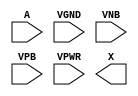
(* blackbox *)
module sky130_fd_sc_hd__buf_2 (
    A   ,
    VGND   ,
    VNB    ,
    VPB    ,
    VPWR   , 
    X   
);
    output X   ;
    input  A   ;
    input  VPWR;
    input  VGND;
    input  VPB ;
    input  VNB ;
endmodule

// .subckt sky130_fd_sc_hd__dfrtp_4 CLK D RESET_B VGND VNB VPB VPWR Q
(* blackbox *)
module sky130_fd_sc_hd__dfrtp_4 (
    
    CLK    ,
    D      ,
    RESET_B,
    VGND   ,
    VNB    ,
    VPB    ,
    VPWR   ,
    Q      
);

    output Q      ;
    input  CLK    ;
    input  D      ;
    input  RESET_B;
    input  VPWR   ;
    input  VGND   ;
    input  VPB    ;
    input  VNB    ;
endmodule


// .subckt sky130_fd_sc_hd__dfstp_4 CLK D SET_B VGND VNB VPB VPWR Q
(* blackbox *)
module sky130_fd_sc_hd__dfstp_4 (

    CLK  ,
    D    ,
    SET_B,
    VGND   ,
    VNB    ,
    VPB    ,
    VPWR   ,
    Q    
);

    output Q    ;
    input  CLK  ;
    input  D    ;
    input  SET_B;
    input  VPWR ;
    input  VGND ;
    input  VPB  ;
    input  VNB  ;
endmodule

// .subckt sky130_fd_sc_hd__dfxtp_4 CLK D VGND VNB VPB VPWR Q
(* blackbox *)
module sky130_fd_sc_hd__dfxtp_4 (

    CLK ,
    D   ,
    VGND   ,
    VNB    ,
    VPB    ,
    VPWR   ,
    Q   
);

    output Q   ;
    input  CLK ;
    input  D   ;
    input  VPWR;
    input  VGND;
    input  VPB ;
    input  VNB ;

endmodule


(* blackbox *)
module sky130_fd_sc_hd__inv_1 (
    A   ,
    VGND   ,
    VNB    ,
    VPB    ,
    VPWR   ,
    Y   
);

    output Y   ;
    input  A   ;
    input  VPWR;
    input  VGND;
    input  VPB ;
    input  VNB ;
endmodule

(* blackbox *)
module sky130_fd_sc_hd__inv_2 (
    A   ,
    VGND   ,
    VNB    ,
    VPB    ,
    VPWR   ,
    Y   
);

    output Y   ;
    input  A   ;
    input  VPWR;
    input  VGND;
    input  VPB ;
    input  VNB ;
endmodule


(* blackbox *)
module sky130_fd_sc_hd__nand2_4 (
    A   ,
    B   ,
    VGND   ,
    VNB    ,
    VPB    ,
    VPWR   ,
    Y   
);

    output Y   ;
    input  A   ;
    input  B   ;
    input  VPWR;
    input  VGND;
    input  VPB ;
    input  VNB ;

endmodule

(* blackbox *)
module sky130_fd_sc_hd__nand2b_2 (

    A_N ,
    B   ,
    VGND   ,
    VNB    ,
    VPB    ,
    VPWR   ,
    Y  
);

    output Y   ;
    input  A_N ;
    input  B   ;
    input  VPWR;
    input  VGND;
    input  VPB ;
    input  VNB ;
endmodule

(* blackbox *)
module sky130_fd_sc_hd__nand3_2 (

    A   ,
    B   ,
    C   ,
    VGND   ,
    VNB    ,
    VPB    ,
    VPWR   ,
    Y 
);

    output Y   ;
    input  A   ;
    input  B   ;
    input  C   ;
    input  VPWR;
    input  VGND;
    input  VPB ;
    input  VNB ;
endmodule

(* blackbox *)
module sky130_fd_sc_hd__nand4_2 (
    A   ,
    B   ,
    C   ,
    D   ,
    VGND   ,
    VNB    ,
    VPB    ,
    VPWR   ,
    Y
);

    output Y   ;
    input  A   ;
    input  B   ;
    input  C   ;
    input  D   ;
    input  VPWR;
    input  VGND;
    input  VPB ;
    input  VNB ;
endmodule

(* blackbox *)
module sky130_fd_sc_hd__nor2_2 (
    A   ,
    B   ,
    VGND   ,
    VNB    ,
    VPB    ,
    VPWR   ,
    Y
);

    output Y   ;
    input  A   ;
    input  B   ;
    input  VPWR;
    input  VGND;
    input  VPB ;
    input  VNB ;
endmodule


(* blackbox *)
module sky130_fd_sc_hd__nor2b_2 (
    A   ,
    B_N ,
    VGND   ,
    VNB    ,
    VPB    ,
    VPWR   ,
    Y
);

    output Y   ;
    input  A   ;
    input  B_N ;
    input  VPWR;
    input  VGND;
    input  VPB ;
    input  VNB ;
endmodule

(* blackbox *)
module sky130_fd_sc_hd__nor3_1 (
    A   ,
    B   ,
    C   ,
    VGND   ,
    VNB    ,
    VPB    ,
    VPWR   ,
    Y
);

    output Y   ;
    input  A   ;
    input  B   ;
    input  C   ;
    input  VPWR;
    input  VGND;
    input  VPB ;
    input  VNB ;
endmodule


(* blackbox *)
module sky130_fd_sc_hd__nor3_2 (
    A   ,
    B   ,
    C   ,
    VGND   ,
    VNB    ,
    VPB    ,
    VPWR   ,
    Y
);

    output Y   ;
    input  A   ;
    input  B   ;
    input  C   ;
    input  VPWR;
    input  VGND;
    input  VPB ;
    input  VNB ;
endmodule

(* blackbox *)
module sky130_fd_sc_hd__nand3b_2 (
    A_N ,
    B   ,
    C   ,
    VGND   ,
    VNB    ,
    VPB    ,
    VPWR   ,
    Y
);

    output Y   ;
    input  A_N ;
    input  B   ;
    input  C   ;
    input  VPWR;
    input  VGND;
    input  VPB ;
    input  VNB ;
endmodule

(* blackbox *)
module sky130_fd_sc_hd__a221oi_1 (
    A1,
    A2,
    B1,
    B2,
    C1,
    VGND   ,
    VNB    ,
    VPB    ,
    VPWR   ,
    Y
);
    // Module ports
    output Y ;
    input  A1;
    input  A2;
    input  B1;
    input  B2;
    input  C1;
    input  VPWR;
    input  VGND;
    input  VPB ;
    input  VNB ;
endmodule



(* blackbox *)
module sky130_fd_sc_hd__o221ai_1 (

    A1,
    A2,
    B1,
    B2,
    C1,
    VGND   ,
    VNB    ,
    VPB    ,
    VPWR   ,
    Y
);

    // Module ports
    output Y ;
    input  A1;
    input  A2;
    input  B1;
    input  B2;
    input  C1;

    input  VPWR;
    input  VGND;
    input  VPB ;
    input  VNB ;
endmodule